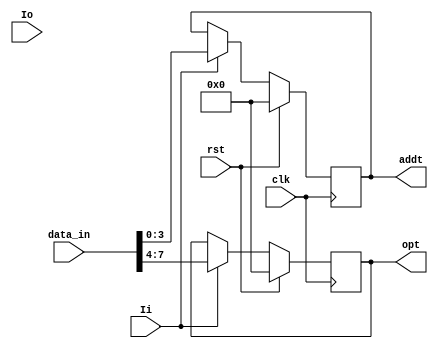
module INSTRUCTION_reg(data_in, Ii, Io, clk, opt, addt, rst);
	input [7:0]data_in;
	input Ii, Io, clk, rst;
	output reg[3:0]opt;
	output reg[3:0]addt;
	wire [3:0]op_codeo;
	wire [3:0]addresso;
	
	always@(posedge clk)begin
		if(rst)begin
			opt = 4'b0000;
			addt = 4'b0000;
		end
		else if(Ii) begin
			opt <= data_in[7:4];
			addt <= data_in[3:0];
		end
	end
	
	assign op_codeo = (Io) ? opt
							: 4'b0000;
	assign addresso = (Io) ? addt
							: 4'b0000;
endmodule